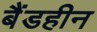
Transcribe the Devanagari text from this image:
बैंडहीन